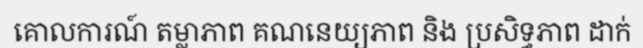
គោលការណ៍ តម្លាភាព គណនេយ្យភាព និង ប្រសិទ្ធភាព ដាក់